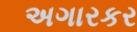
અગારકર